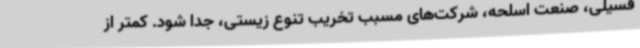
فسیلی، صنعت اسلحه، شرکت‌های مسبب تخریب تنوع زیستی، جدا شود. کمتر از